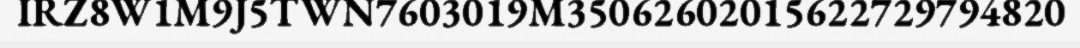
IRZ8W1M9J5TWN7603019M35062602015622729794820